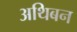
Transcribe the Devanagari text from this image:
अथिबन